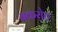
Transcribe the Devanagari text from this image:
बकरोट